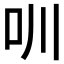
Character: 𠯀